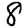
Digit: 8